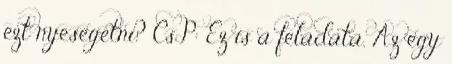
ezt nyesegetni? CsP: Ez is a feladata. Az egy